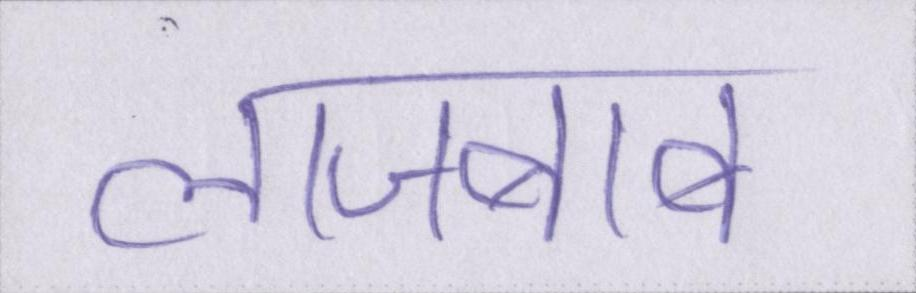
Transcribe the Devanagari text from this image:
लाजबाब